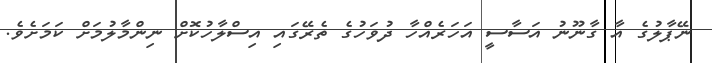
ނޭޕާލުގެ އާ ގާނޫނު އަސާސީ އަހަރެއްހާ ދުވަހުގެ ތެރޭގައި އިސްލާހުކޮށް ނިންމާލުމަށް ކަމަށެވެ.